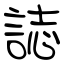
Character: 誌